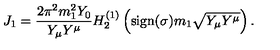
J _ { 1 } = \frac { 2 \pi ^ { 2 } m _ { 1 } ^ { 2 } Y _ { 0 } } { Y _ { \mu } Y ^ { \mu } } H _ { 2 } ^ { ( 1 ) } \left( \mathrm { s i g n } ( \sigma ) m _ { 1 } \sqrt { Y _ { \mu } Y ^ { \mu } } \right) .